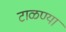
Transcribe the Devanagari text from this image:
टाळण्या